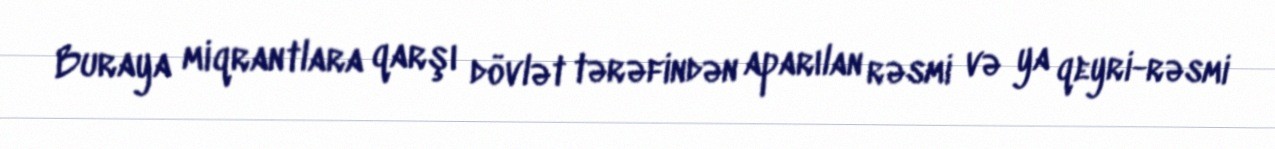
Buraya miqrantlara qarşı dövlət tərəfindən aparılan rəsmi və ya qeyri-rəsmi